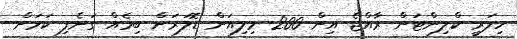
ހިލަރީ ކްލިންޓަން ރާއްޖެ އިން 200 މިލިއަން ޑޮލަރަށް ބިމެއް ގަނެފި ކަމަށް